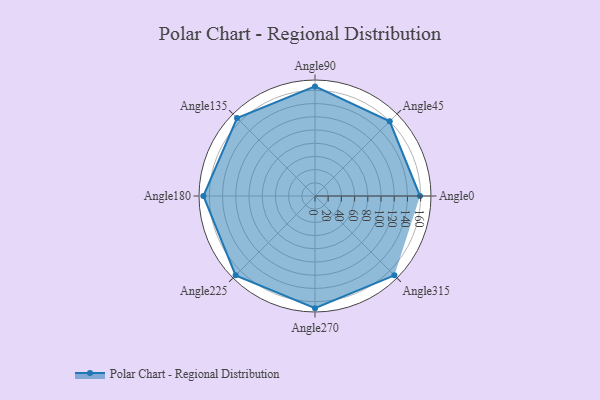
{"axis": {"x": "Angle", "y": "Radius"}, "legend": [""], "data": [{"x": "Angle0", "y": 159.0, "type": ""}, {"x": "Angle45", "y": 160.0, "type": ""}, {"x": "Angle90", "y": 166.0, "type": ""}, {"x": "Angle135", "y": 167.0, "type": ""}, {"x": "Angle180", "y": 169.0, "type": ""}, {"x": "Angle225", "y": 170, "type": ""}, {"x": "Angle270", "y": 170, "type": ""}, {"x": "Angle315", "y": 170, "type": ""}]}